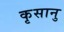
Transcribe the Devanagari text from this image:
कृसानु